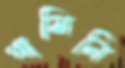
গামিনি